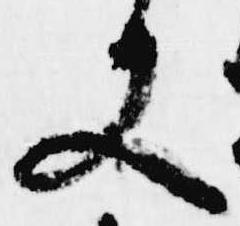
又